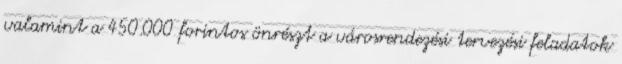
valamint a 450.000 forintos önrészt a városrendezési tervezési feladatok